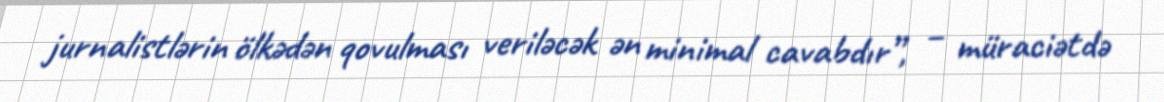
jurnalistlərin ölkədən qovulması veriləcək ən minimal cavabdır”, – müraciətdə